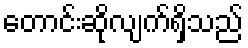
တောင်းဆိုလျက်ရှိသည်